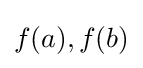
f(a),f(b)